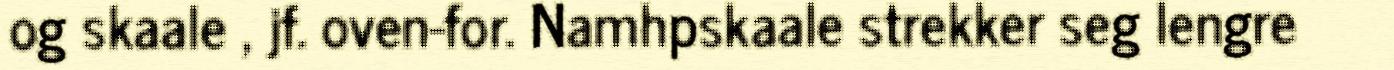
og skaale , jf. oven-for. Namhpskaale strekker seg lengre